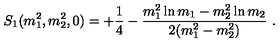
S _ { 1 } ( m _ { 1 } ^ { 2 } , m _ { 2 } ^ { 2 } , 0 ) = + \frac { 1 } { 4 } - \frac { m _ { 1 } ^ { 2 } \ln { m _ { 1 } } - m _ { 2 } ^ { 2 } \ln { m _ { 2 } } } { 2 ( m _ { 1 } ^ { 2 } - m _ { 2 } ^ { 2 } ) } \ .